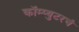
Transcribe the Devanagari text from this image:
कॉम्प्युटरचं